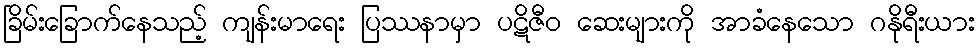
ခြိမ်းခြောက်နေသည့် ကျန်းမာရေး ပြဿနာမှာ ပဋိဇီဝ ဆေးများကို အာခံနေသော ဂနိုရီးယား